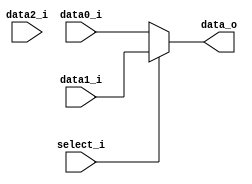
//0312236dNZ_0312241y
//--------------------------------------------------------------------------------
//Version:     1
//--------------------------------------------------------------------------------
//Writer:      
//----------------------------------------------
//Date:        
//----------------------------------------------
//Description: 
//--------------------------------------------------------------------------------
     
module MUX_3to1(
               data0_i,
               data1_i,
					data2_i,
               select_i,
               data_o
               );

parameter size = 0;			   
			
//I/O ports               
input   [size-1:0] data0_i;          
input   [size-1:0] data1_i;
input	  [size-1:0] data2_i;
input              select_i;
output  [size-1:0] data_o; 

//Internal Signals
reg     [size-1:0] data_o;

// selection
always@(*) begin
	if(select_i == 1)	// two values
		data_o <= data1_i;
	else if(select_i == 2)
		data_o <= data2_i;
	else
		data_o <= data0_i;
end


//Main function

endmodule